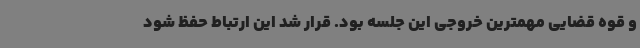
و قوه قضایی مهمترین خروجی این جلسه بود. قرار شد این ارتباط حفظ شود